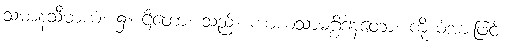
သမာနသီမာယံ၊ ၌။ ဌိတော၊ သည်။ ကာယသာမဂ္ဂိဒါနတော၊ ကိုယ်အားဖြင့်